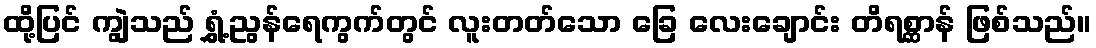
ထို့ပြင် ကျွဲသည် ရွှံ့ညွန်ရေကွက်တွင် လူးတတ်သော ခြေ လေးချောင်း တိရစ္ဆာန် ဖြစ်သည်။